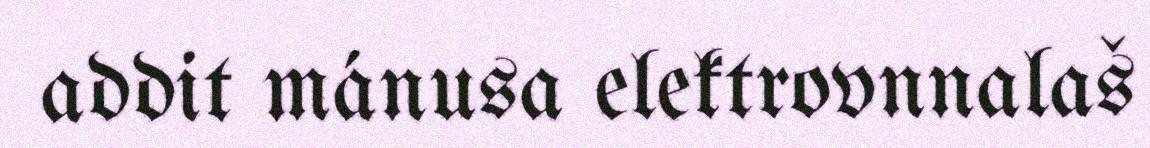
addit mánusa elektrovnnalaš